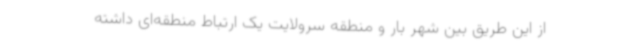
از این طریق بین شهر بار و منطقه سرولایت یک ارتباط منطقه‌ای داشته